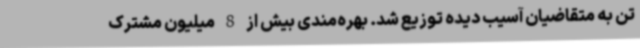
تن به متقاضیان آسیب دیده توزیع شد. بهره‌مندی بیش از 8 میلیون مشترک